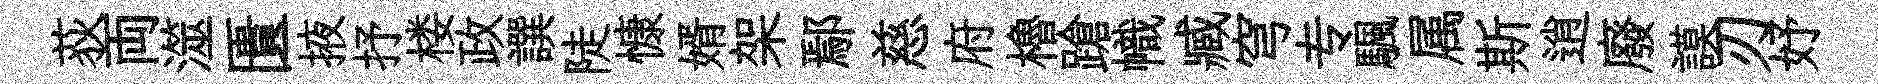
荻両澨匱掖抒楼政譔陡慷婿架鄢慈府櫓蹌幟臧穹专颿属斯逍廢謨刃妤